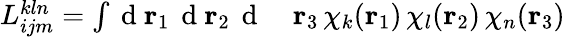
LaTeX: \begin{array}{rl}{{L}_{ijm}^{kln}=\int\mathrm{~d~}{\mathbf{r}_{1}}\, \mathrm{~d~}{\mathbf{r}_{2}}\, \mathrm{~d~}}&{{}{\mathbf{r}_{3}}\, \chi_{k}({\mathbf{r}_{1}})\, \chi_{l}({\mathbf{r}_{2}})\, \chi_{n}({\mathbf{r}_{3}})\, }\end{array}